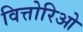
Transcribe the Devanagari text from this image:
वित्तोरिओ